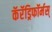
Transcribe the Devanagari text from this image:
कॅरॅड्रिफॉर्मस्